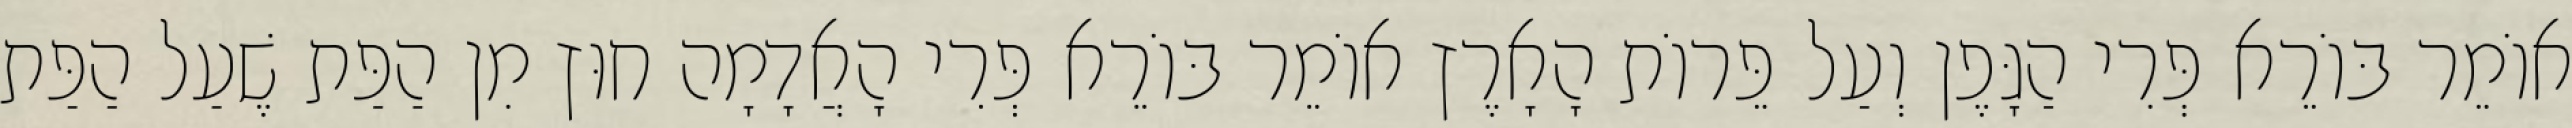
אוֹמֵר בּוֹרֵא פְּרִי הַגָּפֶן וְעַל פֵּרוֹת הָאָרֶץ אוֹמֵר בּוֹרֵא פְּרִי הָאֲדָמָה חוּץ מִן הַפַּת שֶׁעַל הַפַּת